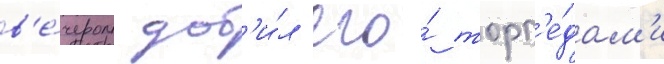
в'е́чером доб'и́л его́ торп'е́дам'и